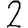
Digit: 2